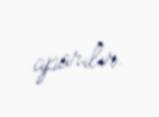
aparılır.